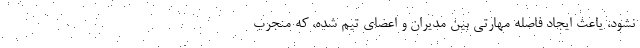
نشود، یاعث ایجاد فاصله مهارتی بین مدیران و اعضای تیم شده، که منجرب